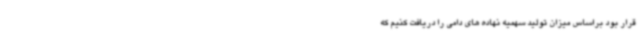
قرار بود براساس میزان تولید سهمیه نهاده های دامی را دریافت کنیم که